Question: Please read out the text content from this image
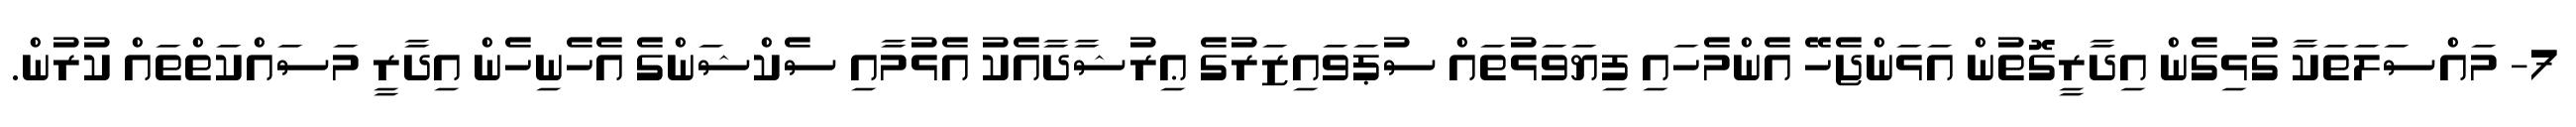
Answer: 7- މައްސަލަތަކާ ގުޅިގެން އިދާރީގޮތުން އަޅަންޖެހޭ އެންމެހައި ފިޔަވަޅުތައް ސުޕަވައިޒަރުގެ ޢިރުޝާދާއެކު އެޅުމާއި ސެކްޝަންގެ އެހެނިހެން އިދާރީ މަސައްކަތްތައް ކުރުން.